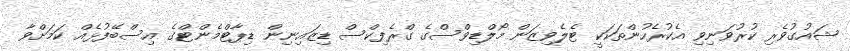
ޝައުގުވެރި ކުރުވަނިވި އެކުރެހުންތަކަކީ ޓެލެވިޒަން މޯލްޑިވްސްގެ ގްރެފިކްސް ޑިޒައިނިން ޑިޕާޓްމެންޓްގެ އިސްބޭފުޅެއް ކަމަށްވާ